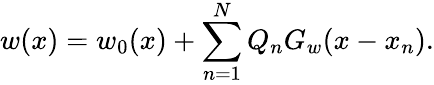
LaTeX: w(x)=w_{0}(x)+\sum_{n=1}^{N}Q_{n}G_{w}(x-x_{n}).